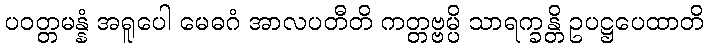
ပဝတ္တမန္နံ အရူပေါ မေဓဂံ အာလပတီတိ ကတ္တဗ္ဗမ္ပိ သာရက္ခန္တိ ဥပဋ္ဌပေထာတိ